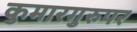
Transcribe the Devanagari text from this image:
कुमारगुरुपर